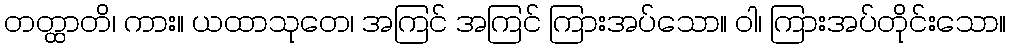
တတ္ထာတိ၊ ကား။ ယထာသုတေ၊ အကြင် အကြင် ကြားအပ်သော။ ဝါ၊ ကြားအပ်တိုင်းသော။